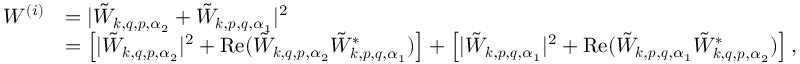
\begin{array} { r l } { W ^ { ( i ) } } & { = | \tilde { W } _ { \boldsymbol { k } , \boldsymbol { q } , \boldsymbol { p } , \alpha _ { 2 } } + \tilde { W } _ { \boldsymbol { k } , \boldsymbol { p } , \boldsymbol { q } , \alpha _ { 1 } } | ^ { 2 } } \\ & { = \left[ | \tilde { W } _ { \boldsymbol { k } , \boldsymbol { q } , \boldsymbol { p } , \alpha _ { 2 } } | ^ { 2 } + \mathrm { R e } ( \tilde { W } _ { \boldsymbol { k } , \boldsymbol { q } , \boldsymbol { p } , \alpha _ { 2 } } \tilde { W } _ { \boldsymbol { k } , \boldsymbol { p } , \boldsymbol { q } , \alpha _ { 1 } } ^ { * } ) \right] + \left[ | \tilde { W } _ { \boldsymbol { k } , \boldsymbol { p } , \boldsymbol { q } , \alpha _ { 1 } } | ^ { 2 } + \mathrm { R e } ( \tilde { W } _ { \boldsymbol { k } , \boldsymbol { p } , \boldsymbol { q } , \alpha _ { 1 } } \tilde { W } _ { \boldsymbol { k } , \boldsymbol { q } , \boldsymbol { p } , \alpha _ { 2 } } ^ { * } ) \right] , } \end{array}